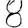
Digit: 8